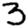
Digit: 3